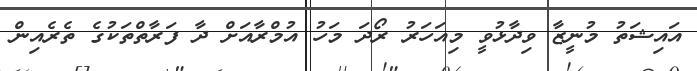
އައިޝަތު މުނީޒާ ވިދާޅުވީ މިއަހަރު ރޯދަ މަހު އުމްރާއަށް ދާ ފަރާތްތަކުގެ ތެރެއިން